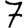
Digit: 7